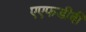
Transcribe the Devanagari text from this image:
एएफडीबी